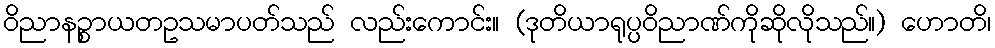
ဝိညာနဉ္စာယတဥသမာပတ်သည် လည်းကောင်း။ (ဒုတိယာရုပ္ပဝိညာဏ်ကိုဆိုလိုသည်။) ဟောတိ၊